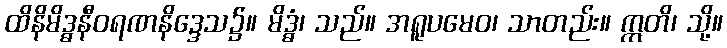
ထိနိမိဒ္ဓနီဝရဏနိဒ္ဒေသ၌။ မိဒ္ဓံ၊ သည်။ အရူပမေဝ၊ သာတည်း။ ဣတိ၊ သို့။